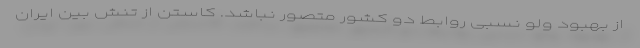
از بهبود ولو نسبی روابط دو کشور متصور نباشد. کاستن از تنش بین ایران